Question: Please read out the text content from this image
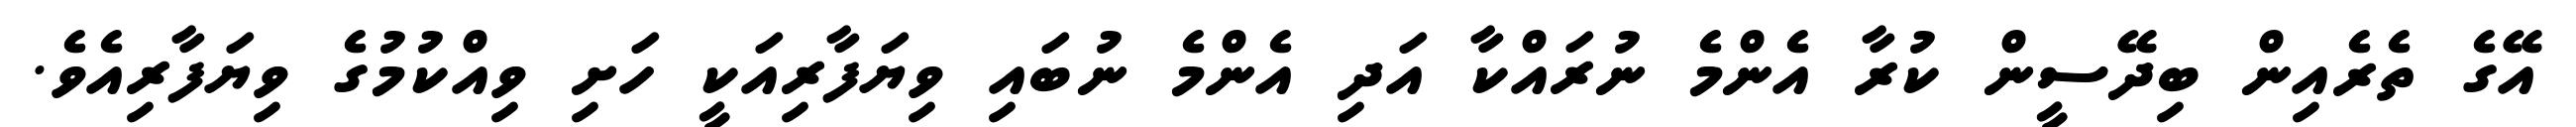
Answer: އޭގެ ތެރެއިން ބިދޭސީން ކުރާ އެންމެ ނުރައްކާ އަދި އެންމެ ނުބައި ވިޔަފާރިއަކީ ހަށި ވިއްކުމުގެ ވިޔަފާރިއެވެ.